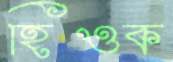
হিওক